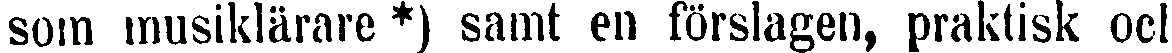
som musiklärare *) samt en förslagen, praktisk och